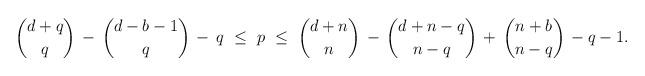
LaTeX: \begin{align*} \binom{d+q}{q} \, - \, \binom{d-b-1}{q} \, - \, q \ \le \ p \ \le \ \binom{d +n }{n} \, - \, \binom{d+n -q}{n-q} \, + \, \binom{n+b}{n-q} \, - q-1. \end{align*}